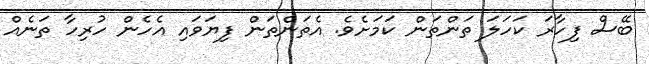
ބޭސް ފިހާރަ ކަހަލަ ތަންތަން ކަމަށެވެ. އެތަންތަން ފިޔަވައި އެހެން ހުރިހާ ތަނެއް